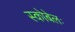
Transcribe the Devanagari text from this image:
स्कोबेलः